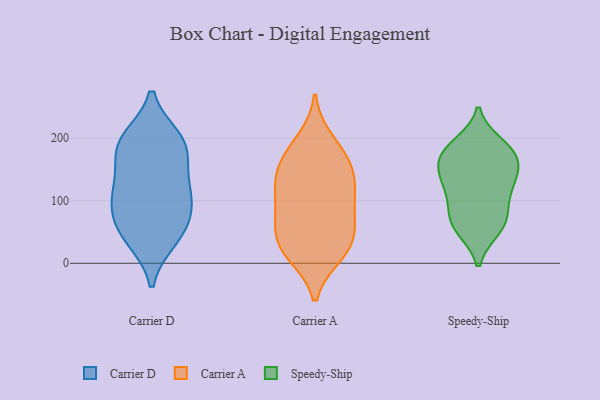
{"axis": {"x": "Net Income (USD K)", "y": "Value"}, "legend": ["Carrier A", "Carrier D", "Speedy-Ship"], "data": [{"x": "", "y": 194, "type": "Carrier D"}, {"x": "", "y": 121, "type": "Carrier D"}, {"x": "", "y": 184, "type": "Carrier D"}, {"x": "", "y": 66, "type": "Carrier D"}, {"x": "", "y": 193, "type": "Carrier D"}, {"x": "", "y": 104, "type": "Carrier D"}, {"x": "", "y": 118, "type": "Carrier D"}, {"x": "", "y": 199, "type": "Carrier D"}, {"x": "", "y": 159, "type": "Carrier D"}, {"x": "", "y": 97, "type": "Carrier D"}, {"x": "", "y": 38, "type": "Carrier D"}, {"x": "", "y": 39, "type": "Carrier D"}, {"x": "", "y": 66, "type": "Carrier D"}, {"x": "", "y": 14, "type": "Carrier A"}, {"x": "", "y": 196, "type": "Carrier A"}, {"x": "", "y": 144, "type": "Carrier A"}, {"x": "", "y": 27, "type": "Carrier A"}, {"x": "", "y": 81, "type": "Carrier A"}, {"x": "", "y": 145, "type": "Carrier A"}, {"x": "", "y": 25, "type": "Carrier A"}, {"x": "", "y": 105, "type": "Carrier A"}, {"x": "", "y": 82, "type": "Carrier A"}, {"x": "", "y": 52, "type": "Carrier A"}, {"x": "", "y": 120, "type": "Carrier A"}, {"x": "", "y": 19, "type": "Carrier A"}, {"x": "", "y": 61, "type": "Carrier A"}, {"x": "", "y": 168, "type": "Carrier A"}, {"x": "", "y": 131, "type": "Carrier A"}, {"x": "", "y": 178, "type": "Carrier A"}, {"x": "", "y": 66, "type": "Speedy-Ship"}, {"x": "", "y": 75, "type": "Speedy-Ship"}, {"x": "", "y": 126, "type": "Speedy-Ship"}, {"x": "", "y": 165, "type": "Speedy-Ship"}, {"x": "", "y": 190, "type": "Speedy-Ship"}, {"x": "", "y": 91, "type": "Speedy-Ship"}, {"x": "", "y": 55, "type": "Speedy-Ship"}, {"x": "", "y": 155, "type": "Speedy-Ship"}, {"x": "", "y": 116, "type": "Speedy-Ship"}, {"x": "", "y": 129, "type": "Speedy-Ship"}, {"x": "", "y": 55, "type": "Speedy-Ship"}, {"x": "", "y": 140, "type": "Speedy-Ship"}, {"x": "", "y": 174, "type": "Speedy-Ship"}, {"x": "", "y": 185, "type": "Speedy-Ship"}, {"x": "", "y": 174, "type": "Speedy-Ship"}]}